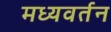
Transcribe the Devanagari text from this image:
मध्यवर्तन